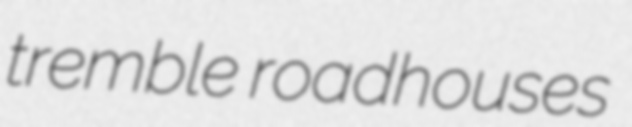
tremble roadhouses